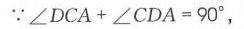
\(\because\angle DCA + \angle CDA = 90^{\circ}\)，